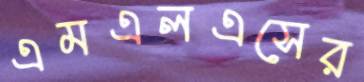
এমএলএসের